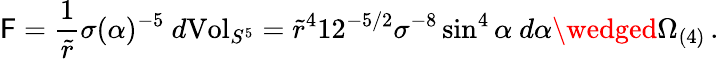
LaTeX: \mathsf{F}=\frac{{1}}{{\tilde{{r}}}}\sigma(\alpha)^{-5}\ d\mathrm{{Vol}}_{S^{5}}=\tilde{{r}}^{4}12^{-5/2}\sigma^{-8}\sin^{4}\alpha\ d\alpha\wedged\Omega_{(4)}\, .